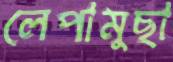
লেপামুছা